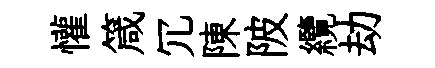
懽箴冗陳陂纜劫